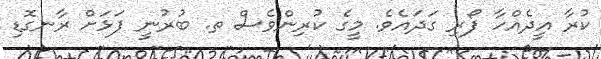
ކުރާ އީދެއްހާ ފޯރި ގަދައެވެ. މީގެ ކުރިންވެސް ތ. ބުރުނީ ފަޅަށް ރާނގޮޑި